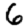
Digit: 6